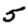
Digit: 5